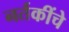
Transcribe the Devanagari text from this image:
नर्तकींचे